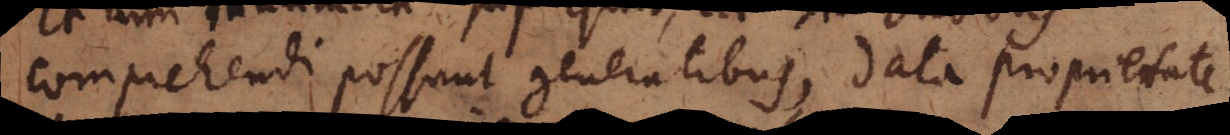
comprehendi possunt generalibus, data proprietate